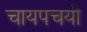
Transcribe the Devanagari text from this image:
चायपचयी